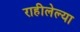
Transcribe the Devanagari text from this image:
राहीलेल्‍या